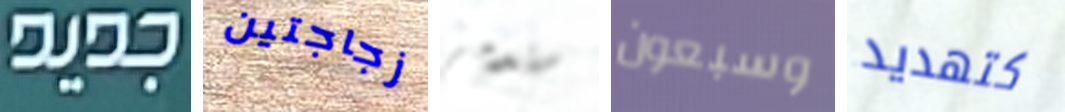
جديد زجاجتين ستدمر وسبعون كتهديد